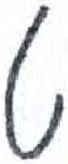
אות: ט